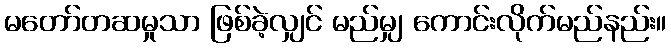
မတော်တဆမှုသာ ဖြစ်ခဲ့လျှင် မည်မျှ ကောင်းလိုက်မည်နည်း။